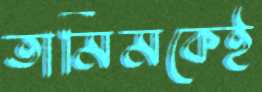
তামিমকেই